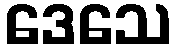
ဒေသေ